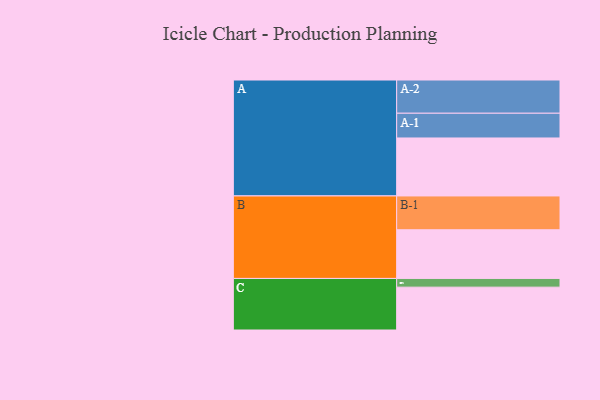
{"axis": {"x": "Segment", "y": "Value"}, "legend": ["", "A", "B", "C"], "data": [{"x": "A", "y": 506, "type": ""}, {"x": "B", "y": 425, "type": ""}, {"x": "C", "y": 374, "type": ""}, {"x": "A-1", "y": 216, "type": "A"}, {"x": "A-2", "y": 290, "type": "A"}, {"x": "B-1", "y": 295, "type": "B"}, {"x": "C-1", "y": 76, "type": "C"}]}